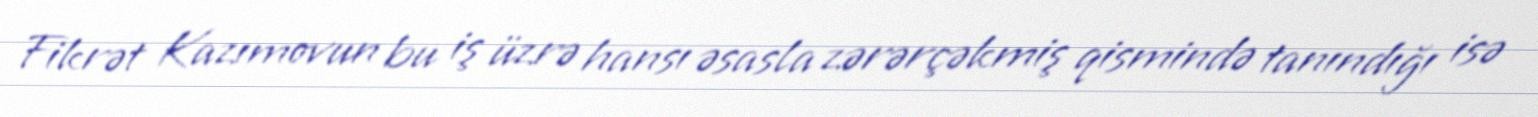
Fikrət Kazımovun bu iş üzrə hansı əsasla zərərçəkmiş qismində tanındığı isə